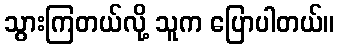
သွားကြတယ်လို့ သူက ပြောပါတယ်။